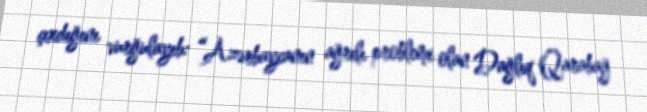
çıxdığını vurğulayıb: “Azərbaycanın ağrılı problemi olan Dağlıq Qarabağ